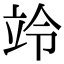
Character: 竛